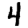
Digit: 4